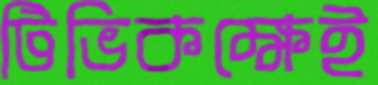
টিভিকক্ষেই